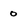
Character: 0